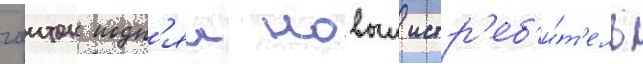
гаитон подн'ял новыи истр'еб'и́т'ель